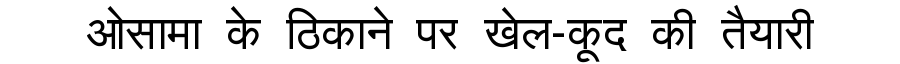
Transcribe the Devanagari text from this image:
ओसामा के ठिकाने पर खेल-कूद की तैयारी